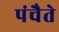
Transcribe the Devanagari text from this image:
पंचैते